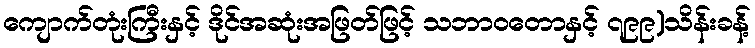
ကျောက်တုံးကြီးနှင့် ဒိုင်အဆုံးအဖြတ်ဖြင့် သဘာဝတောနှင့် ၇၉၉)သိန်းခန့်